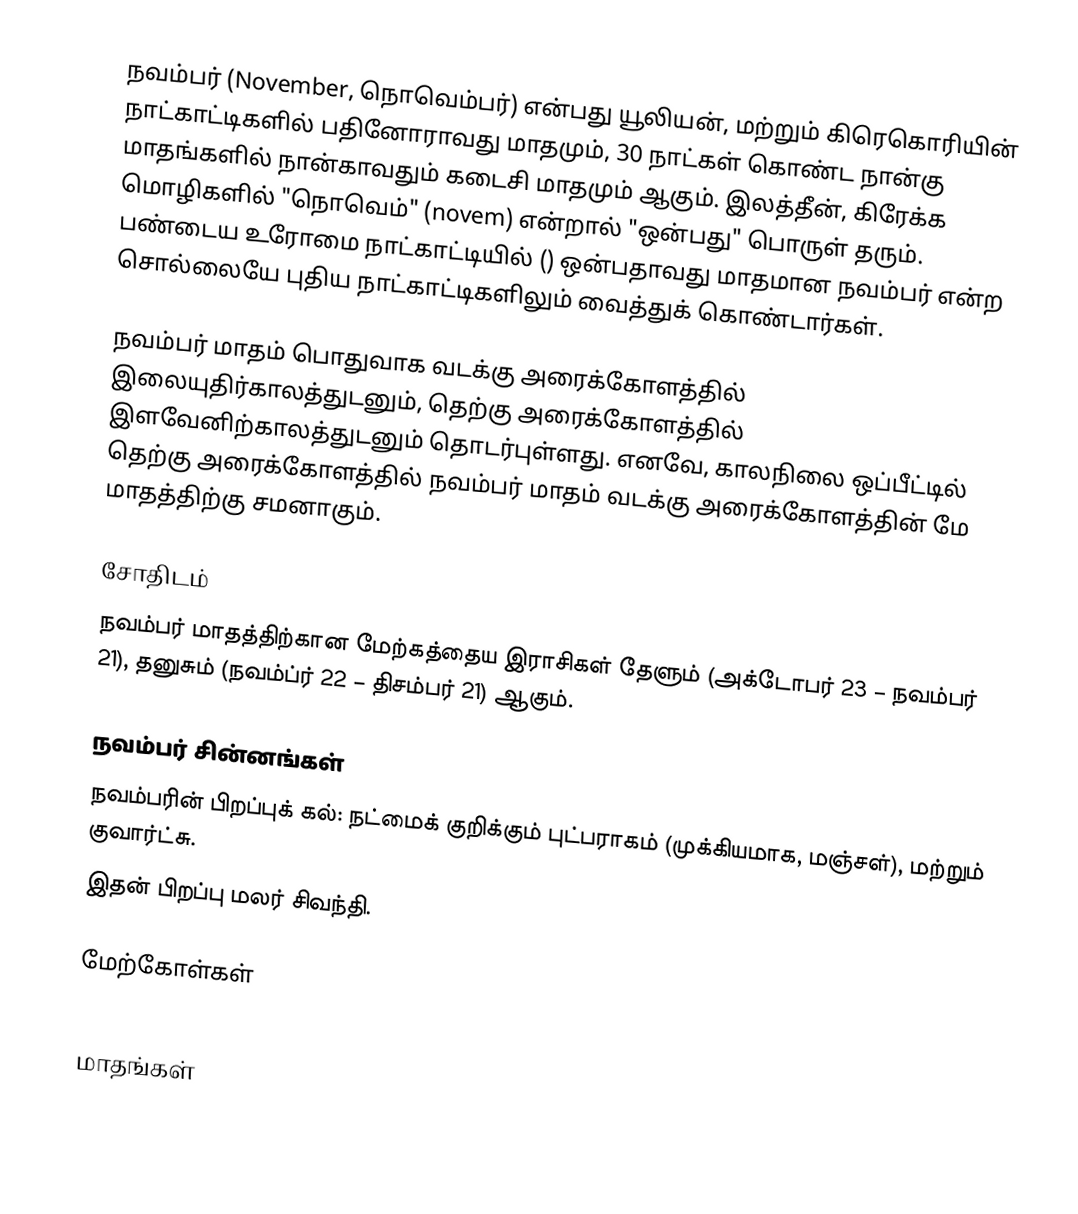
நவம்பர் (November, நொவெம்பர்) என்பது யூலியன், மற்றும் கிரெகொரியின் நாட்காட்டிகளில் பதினோராவது மாதமும், 30 நாட்கள் கொண்ட நான்கு மாதங்களில் நான்காவதும் கடைசி மாதமும் ஆகும். இலத்தீன், கிரேக்க மொழிகளில் "நொவெம்" (novem) என்றால் "ஒன்பது" பொருள் தரும். பண்டைய உரோமை நாட்காட்டியில் () ஒன்பதாவது மாதமான நவம்பர் என்ற சொல்லையே புதிய நாட்காட்டிகளிலும் வைத்துக் கொண்டார்கள்.

நவம்பர் மாதம் பொதுவாக வடக்கு அரைக்கோளத்தில் இலையுதிர்காலத்துடனும், தெற்கு அரைக்கோளத்தில் இளவேனிற்காலத்துடனும் தொடர்புள்ளது. எனவே, காலநிலை ஒப்பீட்டில் தெற்கு அரைக்கோளத்தில் நவம்பர் மாதம் வடக்கு அரைக்கோளத்தின் மே மாதத்திற்கு சமனாகும்.

சோதிடம்
நவம்பர் மாதத்திற்கான மேற்கத்தைய இராசிகள் தேளும் (அக்டோபர் 23 – நவம்பர் 21), தனுசும் (நவம்ப்ர் 22 – திசம்பர் 21) ஆகும்.

நவம்பர் சின்னங்கள்
நவம்பரின் பிறப்புக் கல்: நட்மைக் குறிக்கும் புட்பராகம் (முக்கியமாக, மஞ்சள்), மற்றும் குவார்ட்சு.
இதன் பிறப்பு மலர் சிவந்தி.

மேற்கோள்கள்

மாதங்கள்